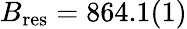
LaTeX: B_{\mathrm{res}}=864.1(1)